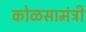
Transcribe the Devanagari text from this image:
कोळसामंत्री